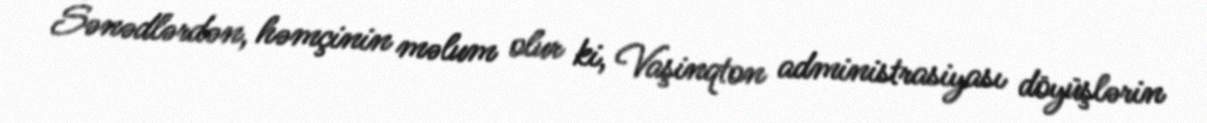
Sənədlərdən, həmçinin məlum olur ki, Vaşinqton administrasiyası döyüşlərin